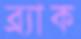
ব্র্যাক